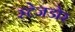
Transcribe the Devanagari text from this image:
स्टेजडोर